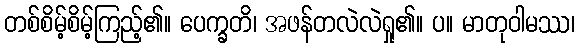
တစ်စိမ့်စိမ့်ကြည့်၏။ ပေက္ခတိ၊ အဖန်တလဲလဲရှု၏။ ပ။ မာတုဝါမဿ၊